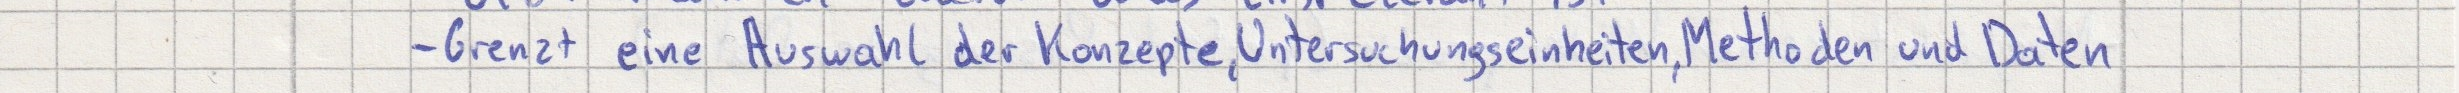
- Grenzt eine Auswahl der Konzepte, Untersuchungseinheiten, Methoden und Daten